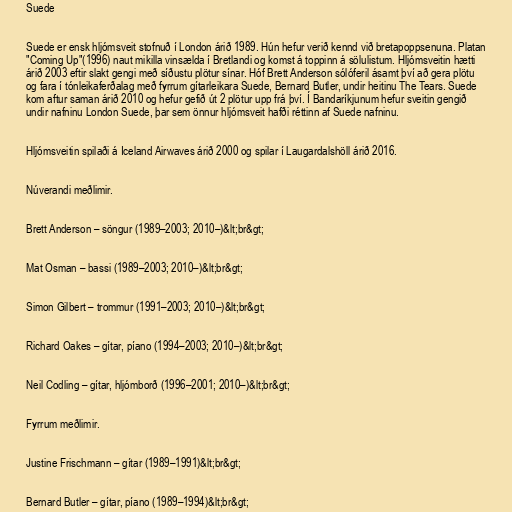
Suede

Suede er ensk hljómsveit stofnuð í London árið 1989. Hún hefur verið kennd við bretapoppsenuna. Platan
"Coming Up"(1996) naut mikilla vinsælda í Bretlandi og komst á toppinn á sölulistum. Hljómsveitin hætti
árið 2003 eftir slakt gengi með síðustu plötur sínar. Hóf Brett Anderson sólóferil ásamt því að gera plötu
og fara í tónleikaferðalag með fyrrum gítarleikara Suede, Bernard Butler, undir heitinu The Tears. Suede
kom aftur saman árið 2010 og hefur gefið út 2 plötur upp frá því. Í Bandaríkjunum hefur sveitin gengið
undir nafninu London Suede, þar sem önnur hljómsveit hafði réttinn af Suede nafninu.

Hljómsveitin spilaði á Iceland Airwaves árið 2000 og spilar í Laugardalshöll árið 2016.

Núverandi meðlimir.

Brett Anderson – söngur (1989–2003; 2010–)&lt;br&gt;

Mat Osman – bassi (1989–2003; 2010–)&lt;br&gt;

Simon Gilbert – trommur (1991–2003; 2010–)&lt;br&gt;

Richard Oakes – gítar, píano (1994–2003; 2010–)&lt;br&gt;

Neil Codling – gítar, hljómborð (1996–2001; 2010–)&lt;br&gt;

Fyrrum meðlimir.

Justine Frischmann – gítar (1989–1991)&lt;br&gt;

Bernard Butler – gítar, píano (1989–1994)&lt;br&gt;